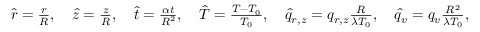
\begin{array} { r } { \hat { r } = \frac { r } { R } , \quad \hat { z } = \frac { z } { R } , \quad \hat { t } = \frac { \alpha t } { R ^ { 2 } } , \quad \hat { T } = \frac { T - T _ { 0 } } { T _ { 0 } } , \quad \hat { q } _ { r , z } = q _ { r , z } \frac { R } { \lambda T _ { 0 } } , \quad \hat { q } _ { v } = q _ { v } \frac { R ^ { 2 } } { \lambda T _ { 0 } } , } \end{array}